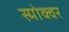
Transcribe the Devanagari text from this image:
स्मोक्वर